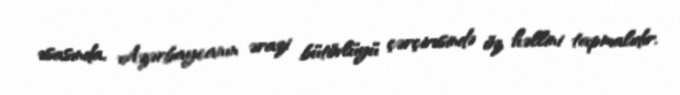
əsasında, Azərbaycanın ərazi bütövlüyü çərçivəsində öz həllini tapmalıdır.